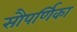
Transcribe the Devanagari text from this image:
सौपर्णिका